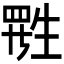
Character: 𬎷